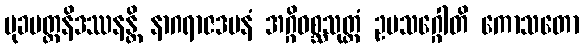
မုခမတ္တနိဒဿနန္တိ နာဂရာဇဒမနံ အဂ္ဂိဝစ္ဆသုတ္တံ ဥပသဂ္ဂေါတိ ကောသတော